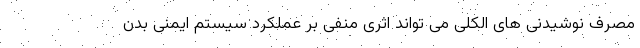
مصرف نوشیدنی های الکلی می تواند اثری منفی بر عملکرد سیستم ایمنی بدن